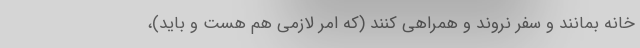
خانه بمانند و سفر نروند و همراهی کنند (که امر لازمی هم هست و باید)،